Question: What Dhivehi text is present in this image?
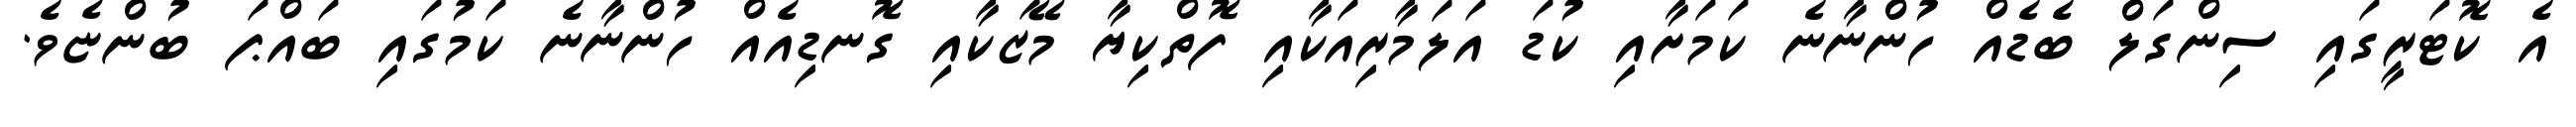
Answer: އެ ކޮޓަރީގައި ސިންގަލް ބެޑެއް ހުންނާނެ ކަމަށާއި ކުޑަ އަލަމާރިއަކާއި ފޮތްކިޔާ މޭޒަކާއި ގޮނޑިއެއް ހުންނާނެ ކަމުގައި ބައްޕަ ބުންޏެވެ.